Bombay plague: being a history of the progress of plague in the Bombay presidency from September 1896 to June 1899
Year: 1896
Disease focus: Plague
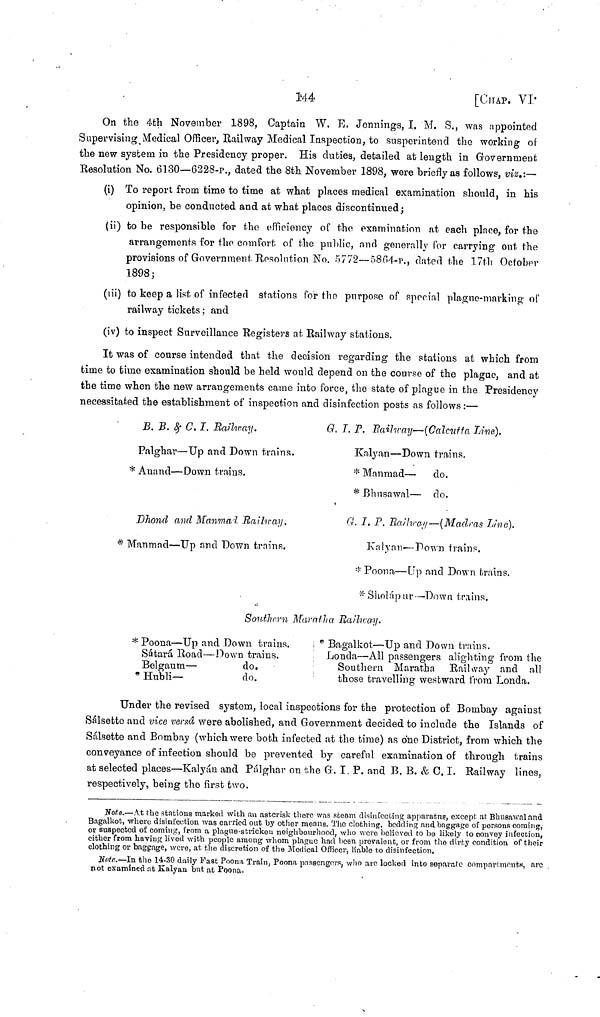
144
[CHAP. VI·
On the 4th November 1898, Captain W. E. Jennings, I. M. S., was appointed
Supervising Medical Officer, Railway Medical Inspection, to susperintend the working of
the new system in the Presidency proper. His duties, detailed at length in Government
Resolution No. 6130—6228-p., dated the 8th November 1898, were briefly as follows, viz :—
(i) To report from time to time at what places medical examination should, in his
opinion, be conducted and at what places discontinued ;
(ii) to be responsible for the efficiency of the examination at each place, for the
arrangements for the comfort of the public, and generally for carrying ont the
provisions of Government Resolution No. 5772—5864-p., dated the 17th October
1898;
(iii) to keep a list of infected stations for the purpose of special plague-marking of
railway tickets ; and
(iv) to inspect Surveillance Registers at Railway stations.
It was of course intended that the decision regarding the stations at which from
time to time examination should be held would depend on the course of the plague, and at
the time when the new arrangements came into force, the state of plague in the Presidency
necessitated the establishment of inspection and disinfection posts as follows :—
B. B. & C. I. Railway.
Palghar — Up and Down trains.
* Anand — Down trains.
Dhond and Manmad Railway.
* Manmad — Up and Down trains.
G. T. P. Railway — (Calcutta Line).
Kalyan — Down trains.
* Manmad — do.
* Bhusawal — do.
G. T. P. Railway— (Madras Live).
Kalyan — Down trains.
* Poona — Up and Down trains.
* Sholápur— Down trains.
Southern Maratha Railway.
* Poona — Up and Down trains.
Sátará Road — Down trains.
Belgaum —
do.
* Hubli—
do.
* Bagalkot — Up and Down trains.
Londa — All passengers alighting from the
Southern Maratha Railway and all
those travelling westward from Londa.
Under the revised system, local inspections for the protection of Bombay against
Sálsetto and vice versâ were abolished, and Government decided to include the Islands of
Sálsette and Bombay (which were both infected at the time) as one District, from which the
conveyance of infection should be prevented by careful examination of through trains
at selected places—Kalyán and Pálghar on the G. I. P. and B. B. & C. I. Railway lines,
respectively, being the first two.
Note.—At the stations marked with an asterisk there was steam disinfecting apparatns, except at Bhusawal and
Bagalkot, where disinfection was carried out by other means. The clothing, bedding and baggage of persons coming,
or suspected of coming, from a plague-strickeu neighbourhood, who were believed to be likely to convey infection,
either from having lived with people among whom plague had been prevalent, or from the dirty condition of their
clothing or baggage, were, at the discretion of the Medical Officer, liable to disinfection.
Note.—In the 14-30 daily Fast Poona Train, Poona passengers, who are locked into separate compartments, are
not examined at Kalyan but at Poona.